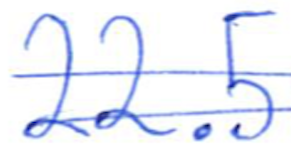
Text: 22.5
Cross-out: double-line
Writing tool: ballpoint